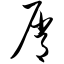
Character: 屑